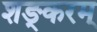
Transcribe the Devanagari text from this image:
शङ्करम्